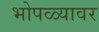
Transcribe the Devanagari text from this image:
भोपळ्यावर